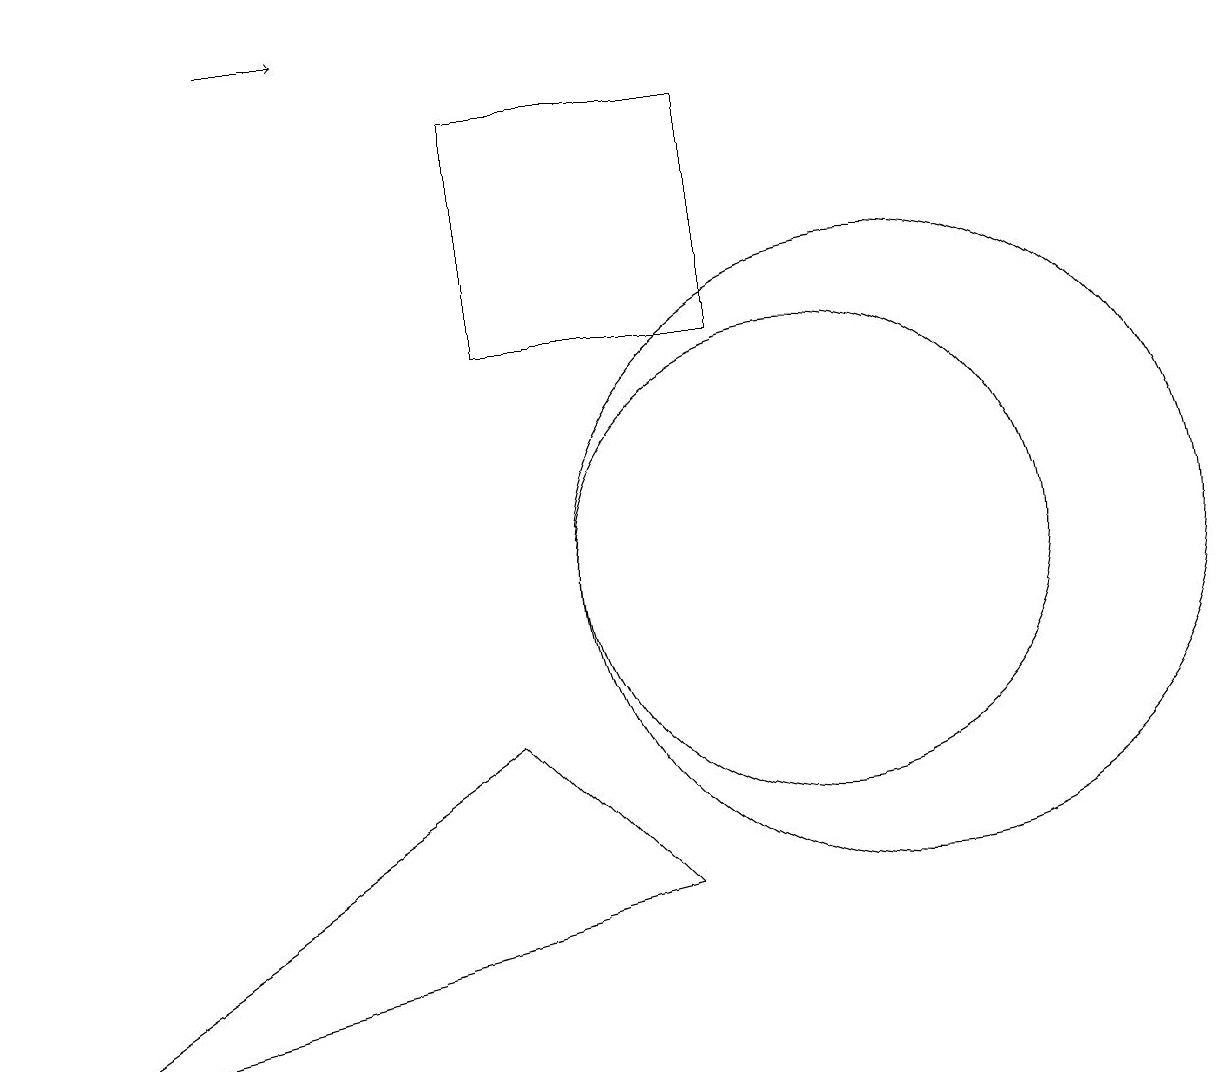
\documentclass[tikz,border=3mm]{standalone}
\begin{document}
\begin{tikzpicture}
\draw (10,10) circle (3);
\draw[->] (3,17) -- (4,17);
\draw (11,10) circle (4);
\draw (9,16) rectangle (6,13);
\draw (0,4) -- (6,8) -- (8,6) -- cycle;
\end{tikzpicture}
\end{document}